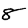
Digit: 8